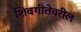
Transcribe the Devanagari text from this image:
शिवगीतेवरील